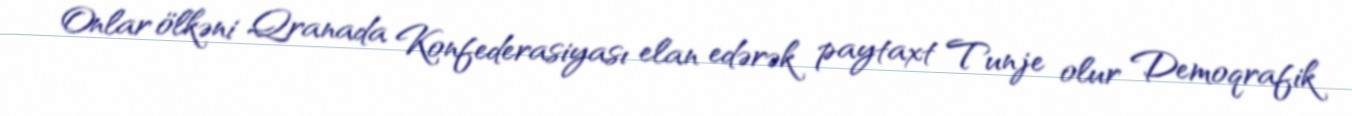
Onlar ölkəni Qranada Konfederasiyası elan edərək paytaxt Tunje olur Demoqrafik